Report of the Indian Hemp Drugs Commission, 1894-1895 - Volume V
Year: 1894
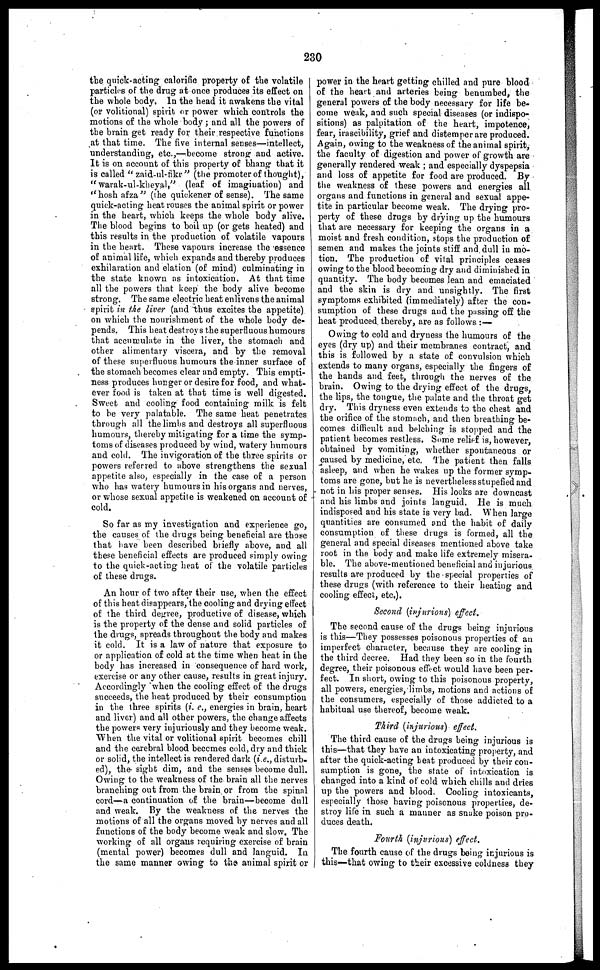
230
the quick-acting calorific property of the volatile
particles of the drug at once produces its effect on
the whole body. In the head it awakens the vital
(or volitional) spirit or power which controls the
motions of the whole body ; and all the powers of
the brain get ready for their respective functions
at that time. The five internal senses—intellect,
understanding, etc.,—become strong and active.
It is on account of this property of bhang that it
is called "zaid-ul-fikr" (the promoter of thought),
"warak-ul-kheyal," (leaf of imagination) and
"hosh afza" (the quickener of sense). The same
quick-acting heat rouses the animal spirit or power
in the heart, which keeps the whole body alive.
The blood begins to boil up (or gets heated) and
this results in the production of volatile vapours
in the heart. These vapours increase the essence
of animal life, which expands and thereby produces
exhilaration and elation (of mind) culminating in
the state known as intoxication. At that time
all the powers that keep the body alive become
strong. The same electric heat enlivens the animal
spirit in the liver (and thus excites the appetite)
on which the nourishment of the whole body de-
pends. This heat destroys the superfluous humours
that accumulate in the liver, the stomach and
other alimentary viscera , and by the removal
of these superfluous humours the inner surface of
the stomach becomes clear and empty. This empti-
ness produces hunger or desire for food, and what-
ever food is taken at that time is well digested.
Sweet and cooling food containing milk is felt
to be very palatable. The same heat penetrates
through all the limbs and destroys all superfluous
humours, thereby mitigating for a time the symp-
toms of diseases produced by wind, watery humours
and cold. The invigoration of the three spirits or
powers referred to above strengthens the sexual
appetite also, especially in the case of a person
who has watery humours in his organs and nerves,
or whose sexual appetite is weakened on account of
cold.
So far as my investigation and experience go,
the causes of the drugs being beneficial are those
that have been described briefly above, and all
these beneficial effects are produced simply owing
to the quick-acting heat of the volatile particles
of these drugs.
An hour of two after their use, when the effect
of this heat disappears, the cooling and drying effect
of the third degree, productive of disease, which
is the property of the dense and solid particles of
the drugs, spreads throughout the body and makes
it cold. It is a law of nature that exposure to
or application of cold at the time when heat in the
body has increased in consequence of hard work,
exercise or any other cause, results in great injury.
Accordingly when the cooling effect of the drugs
succeeds, the heat produced by their consumption
in the three spirits (i. e., energies in brain, heart
and liver) and all other powers, the change affects
the powers very injuriously and they become weak.
When the vital or volitional spirit becomes chill
and the cerebral blood becomes cold, dry and thick
or solid, the intellect is rendered dark (i.e., disturb-
ed), the sight dim, and the senses become dull.
Owing to the weakness of the brain all the nerves
branching out from the brain or from the spinal
cord—a continuation of the brain—become dull
and weak. By the weakness of the nerves the
motions of all the organs moved by nerves and all
functions of the body become weak and slow. The
working of all organs requiring exercise of brain
(mental power) becomes dull and languid. In
the same manner owing to the animal spirit or
power in the heart getting chilled and pure blood
of the heart and arteries being benumbed, the
general powers of the body necessary for life be-
come weak, and such special diseases (or indispo-
sitions) as palpitation of the heart, impotence,
fear, irascibility, grief and distemper are produced.
Again, owing to the weakness of the animal spirit,
the faculty of digestion and power of growth are
generally rendered weak ; and especially dyspepsia
and loss of appetite for food are produced. By
the weakness of these powers and energies all
organs and functions in general and sexual appe-
tite in particular become weak. The drying pro-
perty of these drugs by drying up the humours
that are necessary for keeping the organs in a
moist and fresh condition, stops the production of
semen and makes the joints stiff and. dull in mo-
tion. The production of vital principles ceases
owing to the blood becoming dry and diminished in
quantity. The body becomes lean and emaciated
and the skin is dry and unsightly. The first
symptoms exhibited (immediately) after the con-
sumption of these drugs and the passing off the
heat produced thereby, are as follows :—
Owing to cold and dryness the humours of the
eyes (dry up) and their membranes contract, and
this is followed by a state of convulsion which
extends to many organs, especially the fingers of
the hands and feet, through the nerves of the
brain. Owing to the drying effect of the drugs,
the lips, the tongue, the palate and the throat get
dry. This dryness even extends to the chest and
the orifice of the stomach, and then breathing be-
comes difficult and belching is stopped and the
patient becomes restless. Some relief is, however,
obtained by vomiting, whether spontaneous or
caused by medicine, etc. The patient then falls
asleep, and when he wakes up the former symp-
toms are gone, but he is nevertheless stupefied and
not in his proper senses. His looks are downcast
and his limbs and joints languid, He is much
indisposed and his state is very bad. When large
quantities are consumed and the habit of daily
consumption of these drugs is formed, all the
general and special diseases mentioned above take
root in the body and make life extremely misera-
ble. The above-mentioned beneficial and injurious
results are produced by the special properties of
these drugs (with reference to their heating and
cooling effect, etc.).
Second (injurious) effect.
The second cause of the drugs being injurious
is this—They possesses poisonous properties of an
imperfect character, because they are cooling in
the third decree. Had they been so in the fourth
degree, their poisonous effect would have been per-
fect. In short, owing to this poisonous property,
all powers, energies, limbs, motions and actions of
the consumers, especially of those addicted to a
habitual use thereof, become weak.
Third (injurious) effect.
The third cause of the drugs being injurious is
this—that they have an intoxicating property, and
after the quick-acting beat produced by their con-
sumption is gone, the state of intoxication is
changed into a kind of cold which chills and dries
up the powers and blood. Cooling intoxicants,
especially those having poisonous properties, de-
stroy life in such a manner as snake poison pro-
duces death.
Fourth (injurious) effect.
The fourth cause of the drugs being injurious is
this—that owing to their excessive coldness they